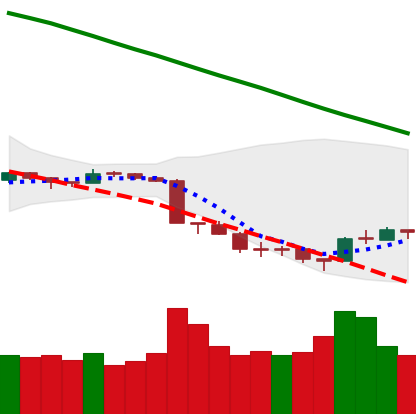
Ticker: ETH-USD
Chart end date: 2018-09-16
Forward return: 11.784%
Label: up_7plus